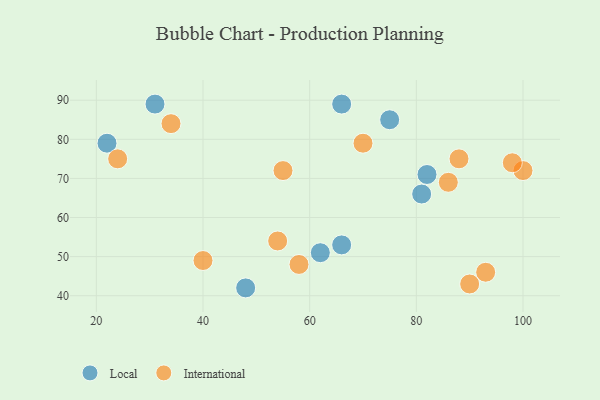
{"axis": {"x": "GDP", "y": "Life Expectancy"}, "legend": ["International", "Local"], "data": [{"x": "31", "y": 89, "type": "Local"}, {"x": "81", "y": 66, "type": "Local"}, {"x": "75", "y": 85, "type": "Local"}, {"x": "66", "y": 89, "type": "Local"}, {"x": "66", "y": 53, "type": "Local"}, {"x": "82", "y": 71, "type": "Local"}, {"x": "48", "y": 42, "type": "Local"}, {"x": "62", "y": 51, "type": "Local"}, {"x": "22", "y": 79, "type": "Local"}, {"x": "55", "y": 72, "type": "International"}, {"x": "100", "y": 72, "type": "International"}, {"x": "93", "y": 46, "type": "International"}, {"x": "70", "y": 79, "type": "International"}, {"x": "34", "y": 84, "type": "International"}, {"x": "90", "y": 43, "type": "International"}, {"x": "86", "y": 69, "type": "International"}, {"x": "54", "y": 54, "type": "International"}, {"x": "88", "y": 75, "type": "International"}, {"x": "40", "y": 49, "type": "International"}, {"x": "98", "y": 74, "type": "International"}, {"x": "24", "y": 75, "type": "International"}, {"x": "58", "y": 48, "type": "International"}]}